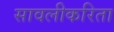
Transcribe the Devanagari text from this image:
सावलीकरिता